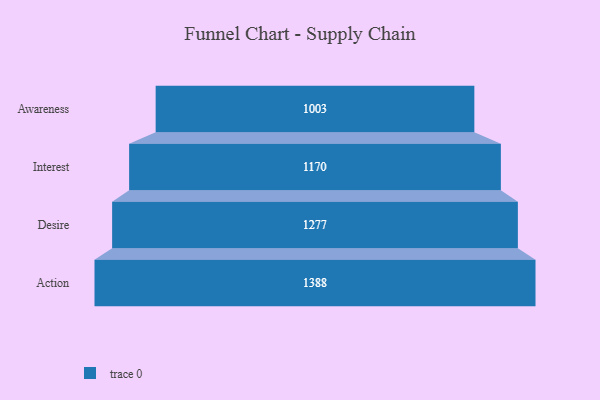
{"axis": {"x": "Stage", "y": "Value"}, "legend": [""], "data": [{"x": "Awareness", "y": 1003.0, "type": ""}, {"x": "Interest", "y": 1170.0, "type": ""}, {"x": "Desire", "y": 1277.0, "type": ""}, {"x": "Action", "y": 1388.0, "type": ""}]}